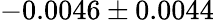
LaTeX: -0.0046\pm 0.0044